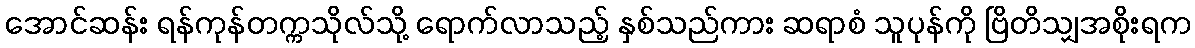
အောင်ဆန်း ရန်ကုန်တက္ကသိုလ်သို့ ရောက်လာသည့် နှစ်သည်ကား ဆရာစံ သူပုန်ကို ဗြိတိသျှအစိုးရက